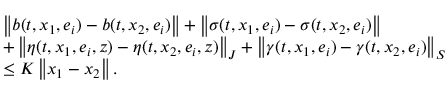
\begin{array} { r l } & { \left\| b ( t , x _ { 1 } , e _ { i } ) - b ( t , x _ { 2 } , e _ { i } ) \right\| + \left\| \sigma ( t , x _ { 1 } , e _ { i } ) - \sigma ( t , x _ { 2 } , e _ { i } ) \right\| } \\ & { + \left\| \eta ( t , x _ { 1 } , e _ { i } , z ) - \eta ( t , x _ { 2 } , e _ { i } , z ) \right\| _ { J } + \left\| \gamma ( t , x _ { 1 } , e _ { i } ) - \gamma ( t , x _ { 2 } , e _ { i } ) \right\| _ { S } } \\ & { \leq K \left\| x _ { 1 } - x _ { 2 } \right\| . } \end{array}